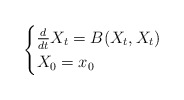
\begin{align*}\begin{cases}\frac{d}{dt}X_t = B(X_t,X_t) \\ X_0 = x_0\end{cases}\end{align*}